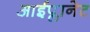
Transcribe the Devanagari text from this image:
आईप्लानेट